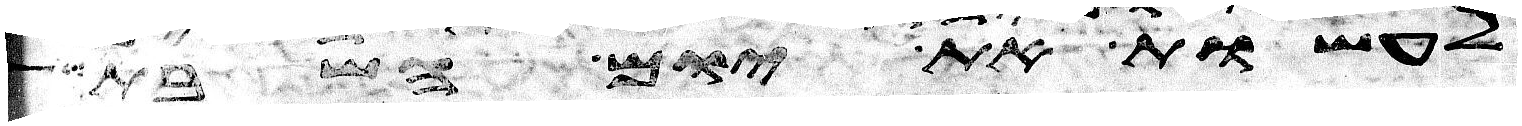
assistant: לעשות את יום השבת